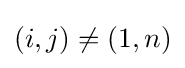
(i,j)\neq (1,n)